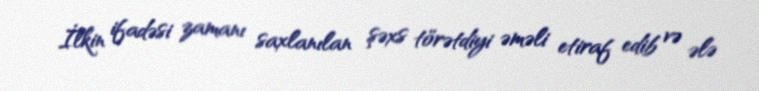
İlkin ifadəsi zamanı saxlanılan şəxs törətdiyi əməli etiraf edib və ələ